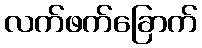
လက်ဖက်ခြောက်